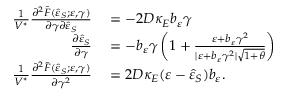
\begin{array} { r l } { \frac { 1 } { V ^ { \ast } } \frac { \partial ^ { 2 } \bar { F } ( \hat { \varepsilon } _ { S } ; \varepsilon , \gamma ) } { \partial \gamma \partial \hat { \varepsilon } _ { S } } } & { { } = - 2 D \kappa _ { E } b _ { \varepsilon } \gamma } \\ { \frac { \partial \hat { \varepsilon } _ { S } } { \partial \gamma } } & { { } = - b _ { \varepsilon } \gamma \left( 1 + \frac { \varepsilon + b _ { \varepsilon } \gamma ^ { 2 } } { \vert \varepsilon + b _ { \varepsilon } \gamma ^ { 2 } \vert \sqrt { 1 + \theta } } \right) } \\ { \frac { 1 } { V ^ { \ast } } \frac { \partial ^ { 2 } \bar { F } ( \hat { \varepsilon } _ { S } ; \varepsilon , \gamma ) } { \partial \gamma ^ { 2 } } } & { { } = 2 D \kappa _ { E } ( \varepsilon - \hat { \varepsilon } _ { S } ) b _ { \varepsilon } . } \end{array}